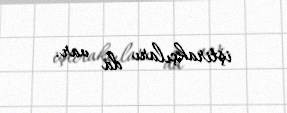
iştirakçıları da var.